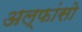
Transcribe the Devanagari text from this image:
अल्फांसो